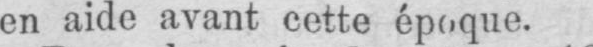
en aide avant cette époque.